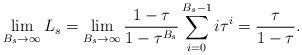
LaTeX: \begin{align*}\lim\limits_{B_s\to\infty}L_s=\lim\limits_{B_s\to\infty}\frac{1-\tau}{1-\tau^{B_s}}\sum\limits_{i=0}^{B_s-1}{i\tau^i}=\frac{\tau}{1-\tau}. \end{align*}